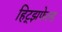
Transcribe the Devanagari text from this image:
हिट्झफेल्ड